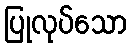
ပြုလုပ်သော